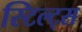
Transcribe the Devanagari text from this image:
स्टिल्ट्स